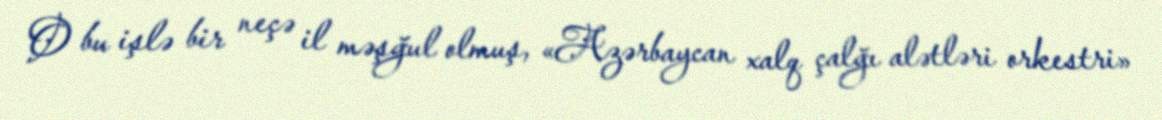
O bu işlə bir neçə il məşğul olmuş, «Azərbaycan xalq çalğı alətləri orkestri»